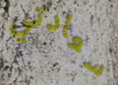
سعادتي